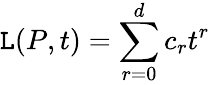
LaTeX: \mathtt{L}(P,t)=\sum_{r=0}^{d}c_{r}t^{r}